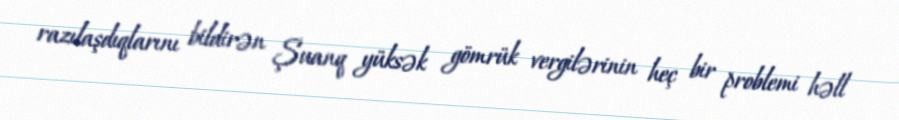
razılaşdıqlarını bildirən Şuanq yüksək gömrük vergilərinin heç bir problemi həll